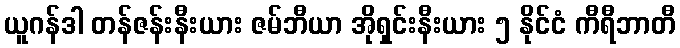
ယူဂန်ဒါ တန်ဇန်းနီးယား ဇမ်ဘီယာ အိုရှင်းနီးယား ၅ နိုင်ငံ ကီရီဘာတီ